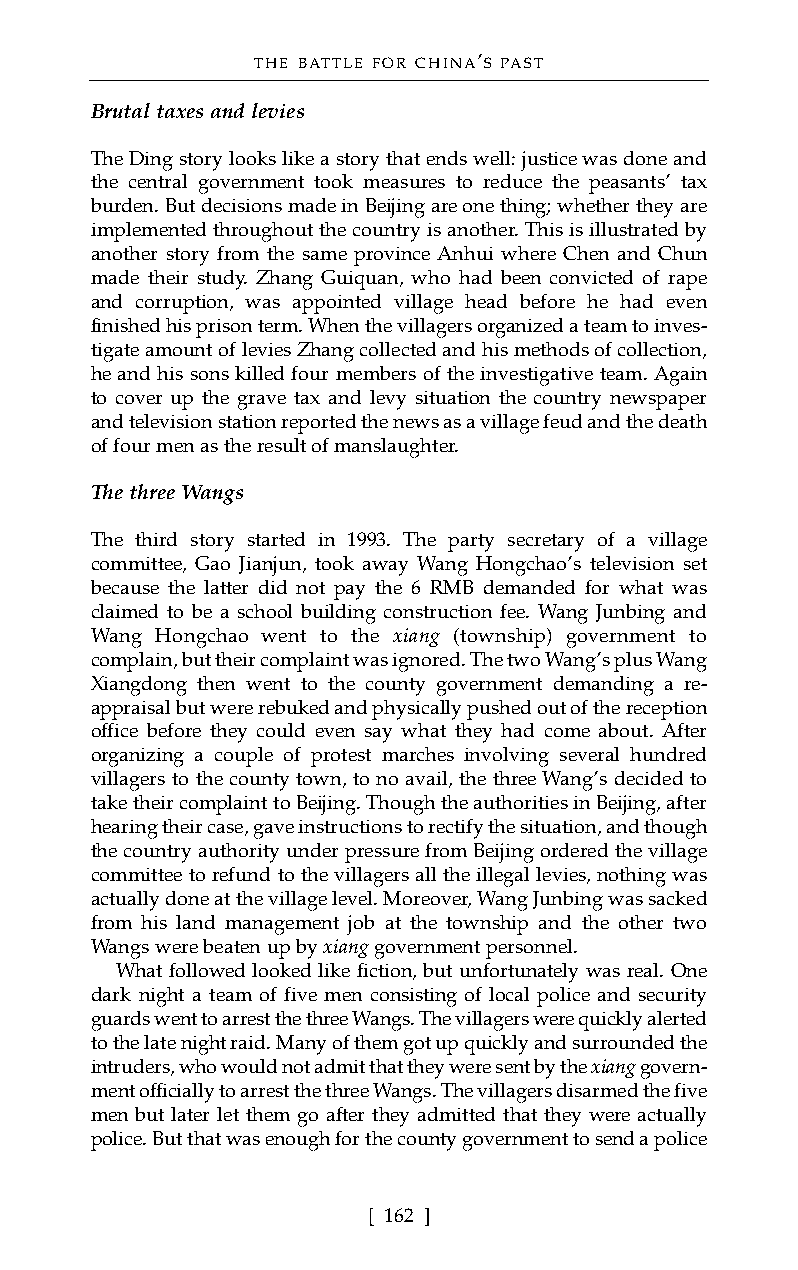
THE BATTLE FOR CHINA’S PAST
 Brutal taxes and levies
 The Ding story looks like a story that ends well: justice was done and
 the central government took measures to reduce the peasants’ tax
 burden. But decisions made in Beijing are one thing; whether they are
 implemented throughout the country is another. This is illustrated by
 another story from the same province Anhui where Chen and Chun
 made their study. Zhang Guiquan, who had been convicted of rape
 and corruption, was appointed village head before he had even
 finished his prison term. When the villagers organized a team to inves-
 tigate amount of levies Zhang collected and his methods of collection,
 he and his sons killed four members of the investigative team. Again
 to cover up the grave tax and levy situation the country newspaper
 and television station reported the news as a village feud and the death
 of four men as the result of manslaughter.
 The three Wangs
 The third story started in 1993. The party secretary of a village
 committee, Gao Jianjun, took away Wang Hongchao’s television set
 because the latter did not pay the 6 RMB demanded for what was
 claimed to be a school building construction fee. Wang Junbing and
 Wang Hongchao went to the xiang (township) government to
 complain, but their complaint was ignored. The two Wang’s plus Wang
 Xiangdong then went to the county government demanding a re-
 appraisal but were rebuked and physically pushed out of the reception
 office before they could even say what they had come about. After
 organizing a couple of protest marches involving several hundred
 villagers to the county town, to no avail, the three Wang’s decided to
 take their complaint to Beijing. Though the authorities in Beijing, after
 hearing their case, gave instructions to rectify the situation, and though
 the country authority under pressure from Beijing ordered the village
 committee to refund to the villagers all the illegal levies, nothing was
 actually done at the village level. Moreover, Wang Junbing was sacked
 from his land management job at the township and the other two
 Wangs were beaten up by xianggovernment personnel.
 What followed looked like fiction, but unfortunately was real. One
 dark night a team of five men consisting of local police and security
 guards went to arrest the three Wangs. The villagers were quickly alerted
 to the late night raid. Many of them got up quickly and surrounded the
 intruders, who would not admit that they were sent by the xianggovern-
 ment officially to arrest the three Wangs. The villagers disarmed the five
 men but later let them go after they admitted that they were actually
 police. But that was enough for the county government to send a police
 [ 162 ]